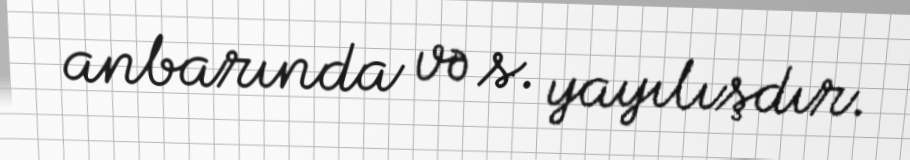
anbarında və s. yayılışdır.